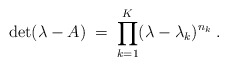
\begin{align*}\det (\lambda-A) \;=\; \prod_{k=1}^K (\lambda - \lambda_k)^{n_k} \;. \end{align*}